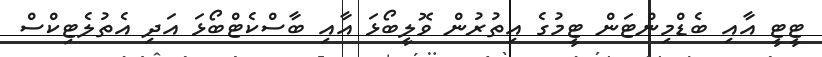
ޓީޓީ އާއި ބެޑްމިންޓަން ޓީމުގެ އިތުރުން ވޮލީބޯޅަ އާއި ބާސްކެޓްބޯޅަ އަދި އެތުލެޓިކްސް